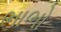
ભાભો